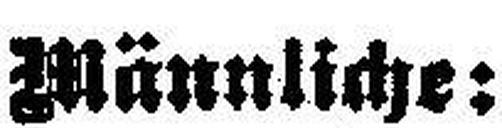
Männliche: